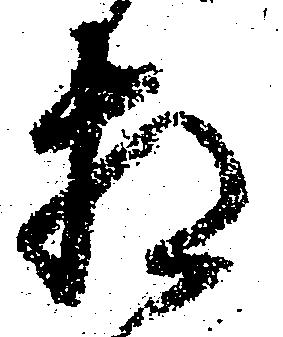
相